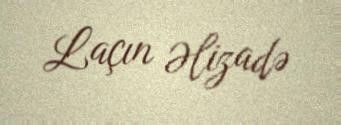
Laçın Əlizadə